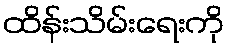
ထိန်းသိမ်းရေးကို